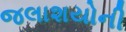
જલાશયોની